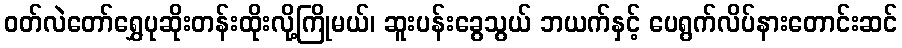
ဝတ်လဲတော်ရွှေပုဆိုးတန်းထိုးလို့ကြိုမယ်၊ ဆူးပန်းခွေသွယ် ဘယက်နှင့် ပေရွက်လိပ်နားတောင်းဆင်